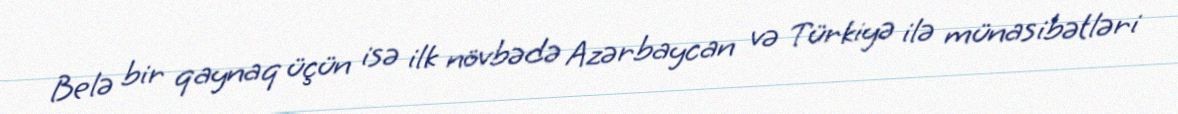
Belə bir qaynaq üçün isə ilk növbədə Azərbaycan və Türkiyə ilə münasibətləri